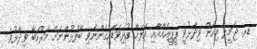
ޑރ. ޖަމީލު މިހެން ވިދާޅުވީ ޕީޕީއެމްއާއި އަލަށް ގުޅިވަޑައިގެންނެވި ބޭފުޅުންނަށް މަރުހަބާ ވިދާޅުވެ